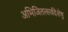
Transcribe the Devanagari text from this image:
अभिजितत्सर्वदेशेषु